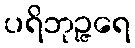
ပရိဘုဉ္ဇရေ